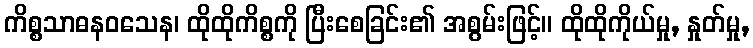
ကိစ္စသာဓနဝသေန၊ ထိုထိုကိစ္စကို ပြီးစေခြင်း၏ အစွမ်းဖြင့်။ ထိုထိုကိုယ်မှု, နှုတ်မှု,